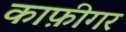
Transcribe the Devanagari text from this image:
काफ़ीगर